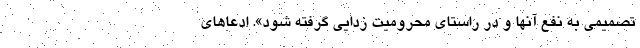
تصمیمی به نفع آنها و در راستای محرومیت زدایی گرفته شود». ادعاهای